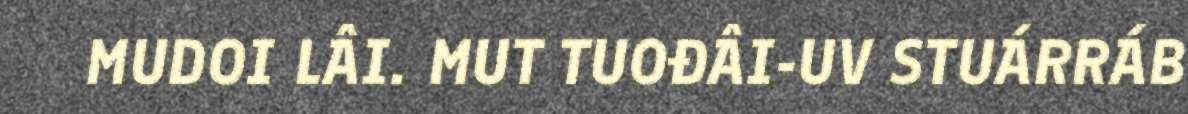
MUDOI LÂI. MUT TUOĐÂI-UV STUÁRRÁB